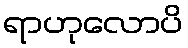
ရာဟုလောပိ